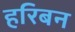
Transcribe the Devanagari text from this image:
हरिबन